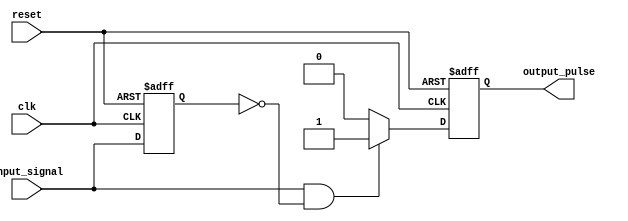
module positive_edge_detector (
    input wire clk,               // Clock signal
    input wire reset,             // Asynchronous reset
    input wire input_signal,      // Input binary signal
    output reg output_pulse       // Output pulse indicating positive edge
);

// Internal register to hold the previous state of the input signal
reg prev_state;

// Sequential logic to detect positive edge
always @(posedge clk or posedge reset) begin
    if (reset) begin
        // Reset the previous state and output pulse
        prev_state <= 0;
        output_pulse <= 0;
    end else begin
        // Detect positive edge
        if (input_signal == 1 && prev_state == 0) begin
            output_pulse <= 1;   // Generate output pulse on positive edge
        end else begin
            output_pulse <= 0;   // Reset the pulse if no edge detected
        end
        // Update the previous state
        prev_state <= input_signal;
    end
end

endmodule